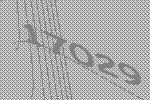
17029